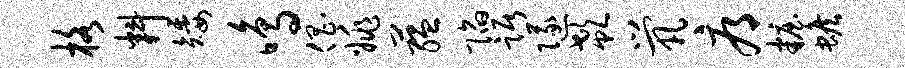
格料矮鸣倡姚蕴陷踞隧欷茕辱妆蟾